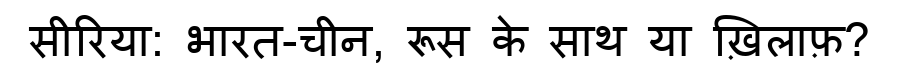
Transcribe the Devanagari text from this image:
सीरिया: भारत-चीन, रूस के साथ या ख़िलाफ़?